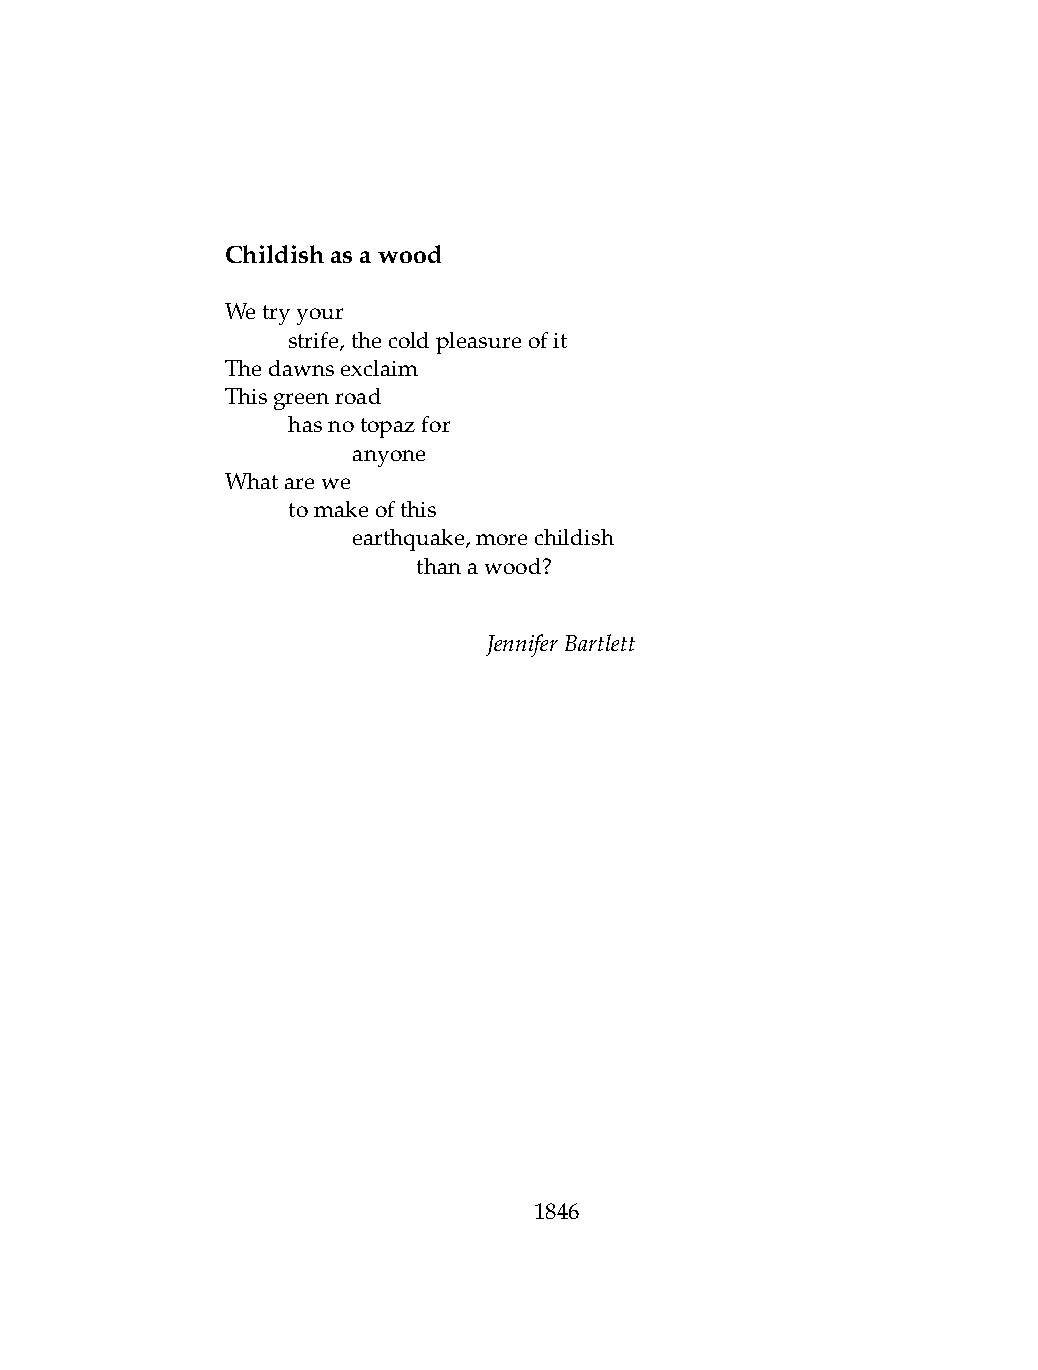
Childishasawood
 Wetryyour
 .   strife,thecoldpleasureofit
 Thedawnsexclaim
 Thisgreenroad
 .   hasnotopazfor
 .   .   anyone
 Whatarewe
 .   tomakeofthis
 .   .   earthquake,morechildish
 .   .   .    thanawood?
 JenniferBartlett
 1846